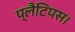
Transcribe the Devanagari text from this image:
प्लैटिपस।